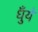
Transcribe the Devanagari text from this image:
धुँये